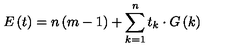
E \left( t \right) = n \left( m - 1 \right) + \sum _ { k = 1 } ^ { n } t _ { k } \cdot G \left( k \right)